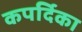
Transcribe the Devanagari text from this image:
कपर्दिका